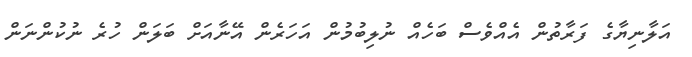
އަލާނިޔާގެ ފަރާތުން އެއްވެސް ބަހެއް ނުލިބުމުން އަހަރެން އޭނާއަށް ބަލަން ހުރެ ނުކުންނަން